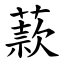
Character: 䕀